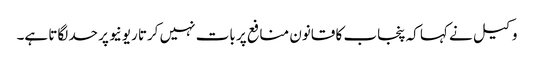
وکیل نے کہا کہ پنجاب کا قانون منافع پر بات نہیں کرتا ریونیو پر حد لگاتا ہے۔